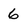
Character: 6